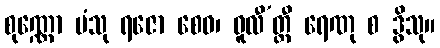
စုဏ္ဏော ပံသု ရဇော စေဝ၊ ဓူလီ’တ္ထီ ရေဏု စ ဒွိသု။